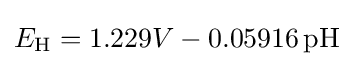
E_{\mathrm {H} }=1.229V-0.05916\,{\mathrm {pH} }